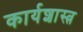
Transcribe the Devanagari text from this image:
कार्यशास्त्र